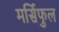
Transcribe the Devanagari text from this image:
मर्सिफुल